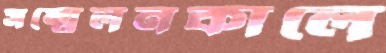
সম্মেলনকালে